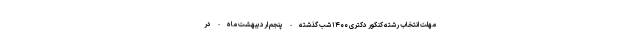
مهلت انتخاب رشته کنکور دکتری ۱۴۰۰ شب گذشته - پنجم اردیبهشت ماه - در